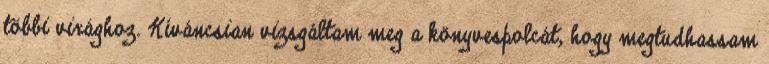
többi virághoz. Kíváncsian vizsgáltam meg a könyvespolcát, hogy megtudhassam